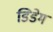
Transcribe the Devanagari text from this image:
डिडेम